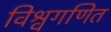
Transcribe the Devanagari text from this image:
विश्वगणित